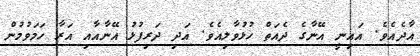
އާދެއެވެ. އައިނީ އޭނާގެ ދެއަތް ހުޅުވާލިއެވެ. އަދި ދަރިފުޅު އޭނާއާއި އަރާ ހަމަވުމުން